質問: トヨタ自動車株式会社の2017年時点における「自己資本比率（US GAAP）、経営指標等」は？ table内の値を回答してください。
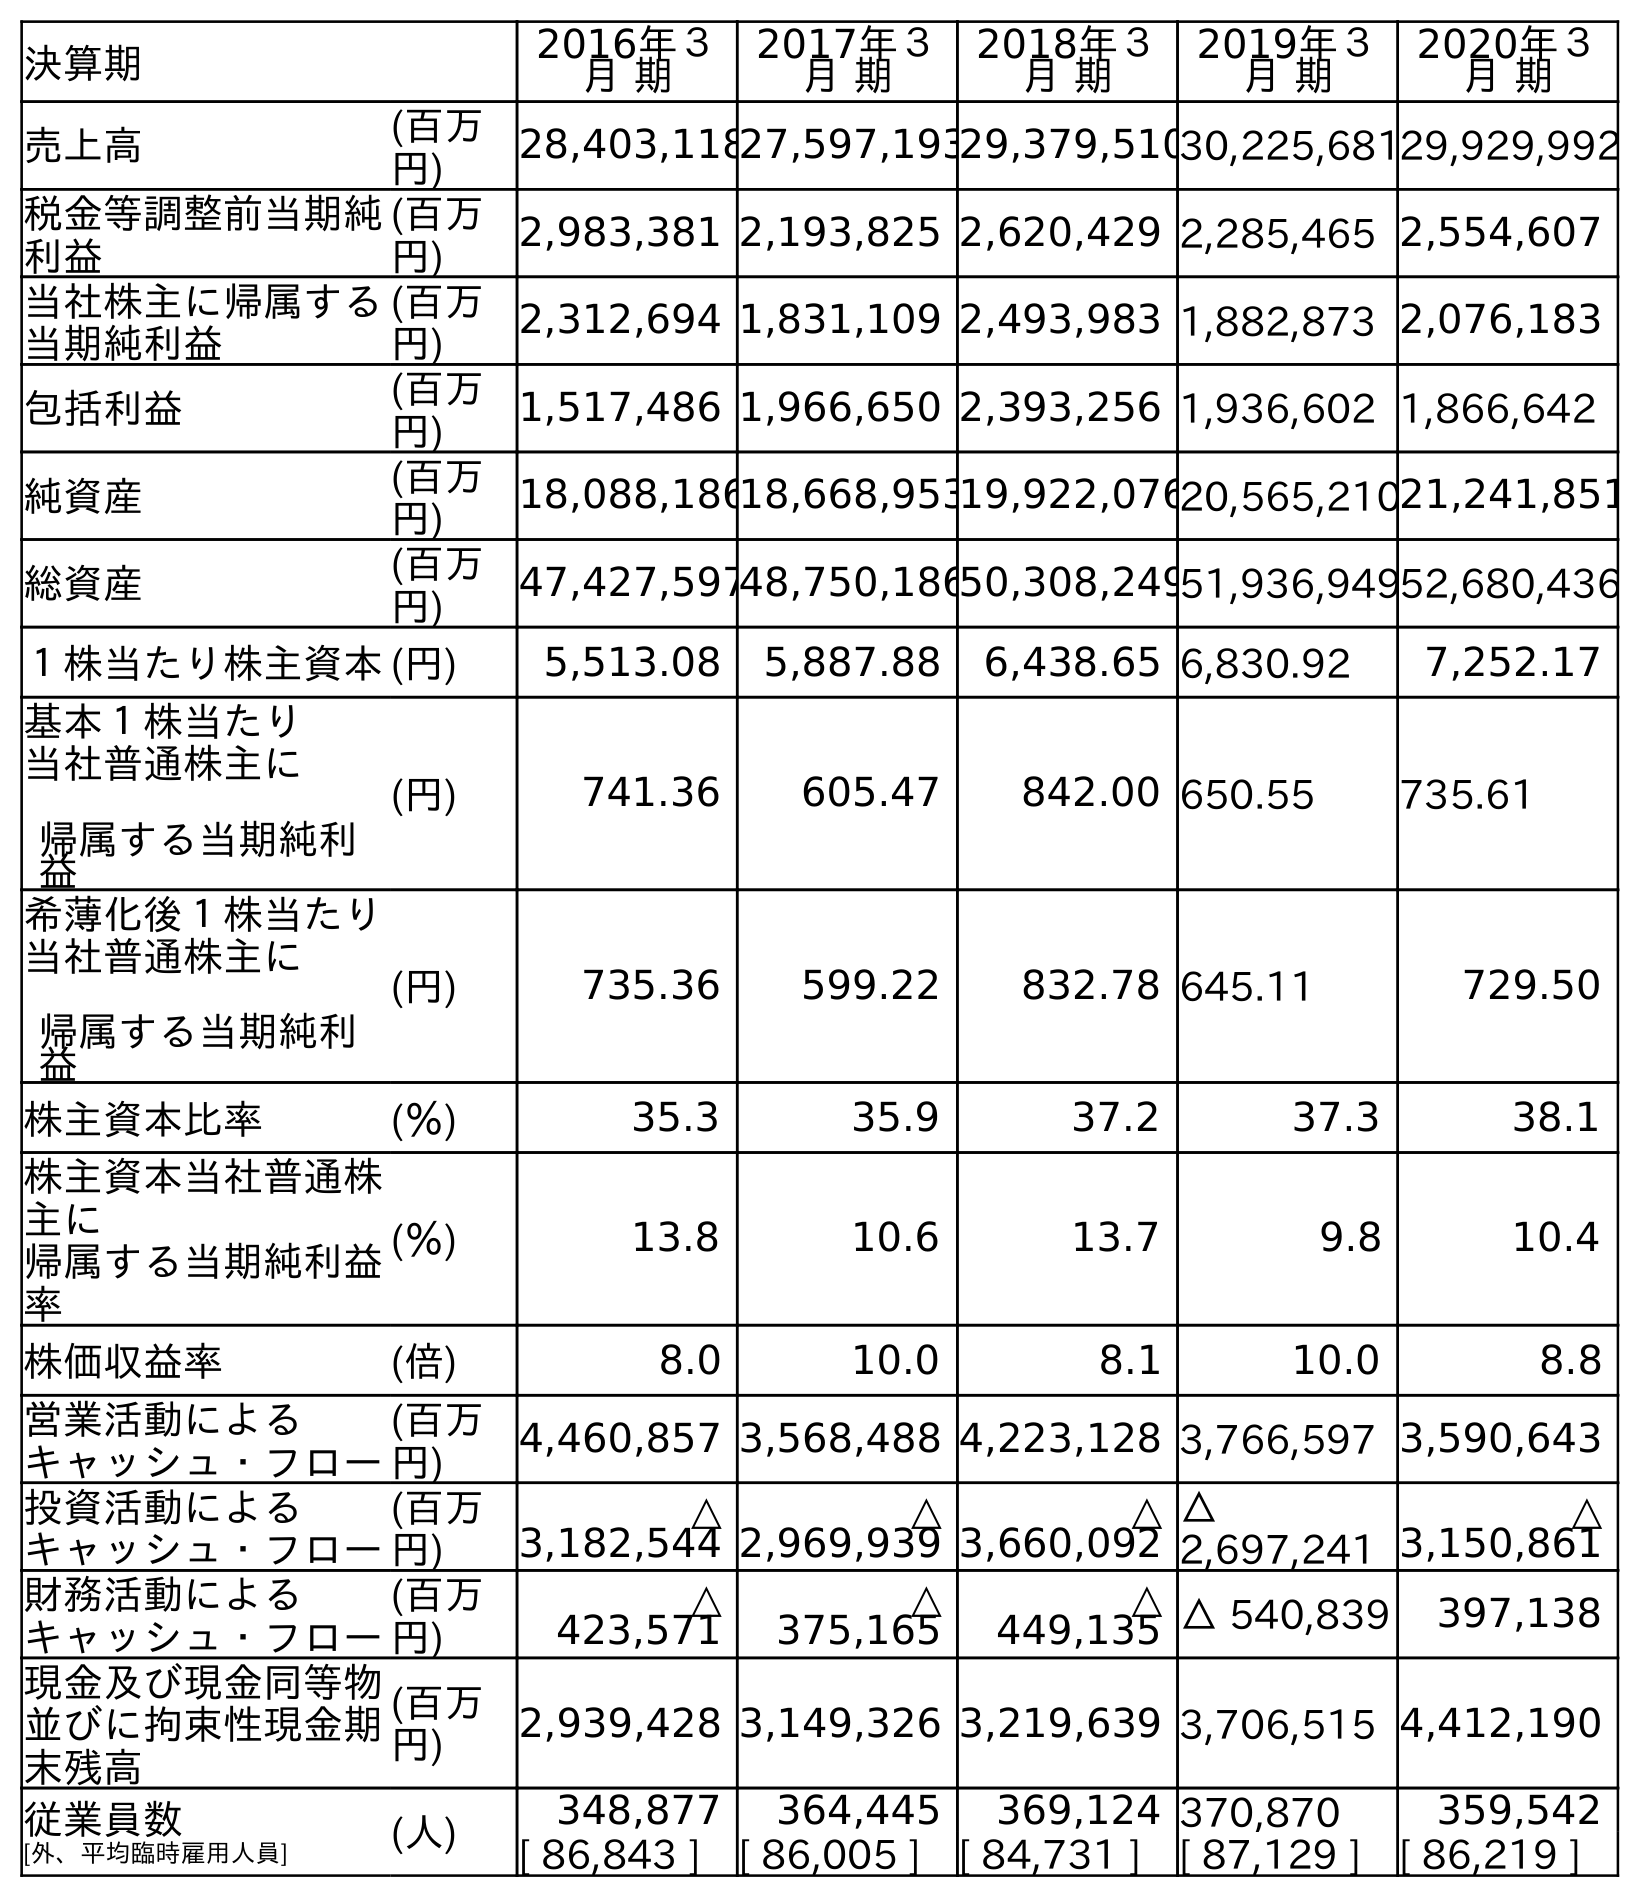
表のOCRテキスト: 決算期 2016年３ 月 期 2017年３ 月 期 2018年３ 月 期 2019年３ 月 期 2020年３ 月 期 売上高 (百万 円) 28,403,11827,597,19329,379,51030,225,68129,929,992 税金等調整前当期純 利益 (百万 円) 2,983,381 2,193,825 2,620,429 2,285,465 2,554,607 当社株主に帰属する 当期純利益 (百万 円) 2,312,694 1,831,109 2,493,983 1,882,873 2,076,183 包括利益 (百万 円) 1,517,486 1,966,650 2,393,256 1,936,602 1,866,642 純資産 (百万 円) 18,088,18618,668,95319,922,07620,565,21021,241,851 総資産 (百万 円) 47,427,59748,750,18650,308,24951,936,94952,680,436 １株当たり株主資本(円) 5,513.08 5,887.88 6,438.65 6,830.92 7,252.17 基本１株当たり 当社普通株主に 帰属する当期純利 益 (円) 741.36 605.47 842.00 650.55 735.61 希薄化後１株当たり 当社普通株主に 帰属する当期純利 益 (円) 735.36 599.22 832.78 645.11 729.50 株主資本比率 (％) 35.3 35.9 37.2 37.3 38.1 株主資本当社普通株 主に 帰属する当期純利益 率 (％) 13.8 10.6 13.7 9.8 10.4 株価収益率 (倍) 8.0 10.0 8.1 10.0 8.8 営業活動による キャッシュ・フロー (百万 円) 4,460,857 3,568,488 4,223,128 3,766,597 3,590,643 投資活動による キャッシュ・フロー (百万 円) △ 3,182,544 △ 2,969,939 △ 3,660,092 △ 2,697,241 △ 3,150,861 財務活動による キャッシュ・フロー (百万 円) △ 423,571 △ 375,165 △ 449,135 △ 540,839 397,138 現金及び現金同等物 並びに拘束性現金期 末残高 (百万 円) 2,939,428 3,149,326 3,219,639 3,706,515 4,412,190 従業員数 [外、平均臨時雇用人員] (人) 348,877 364,445 369,124 370,870 359,542 [ 86,843 ] [ 86,005 ] [ 84,731 ] [ 87,129 ] [ 86,219 ]
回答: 35.9